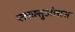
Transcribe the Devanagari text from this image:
फ्लक्सुओसस